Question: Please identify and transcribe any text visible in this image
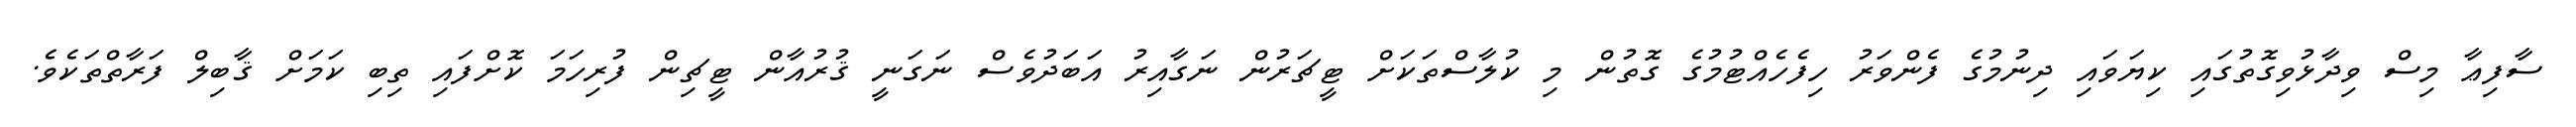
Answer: ސާފިޢާ މިސް ވިދާޅުވިގޮތުގައި ކިޔަވައި ދިނުމުގެ ފެންވަރު ހިފެހެއްޓުމުގެ ގޮތުން މި ކުލާސްތަކަށް ޓީޗަރުން ނަގާއިރު އަބަދުވެސް ނަގަނީ ޤުރުއާން ޓީޗިން ފުރިހަމަ ކޮށްފައި ތިބި ކަމަށް ޤާބިލް ފަރާތްތަކެވެ.